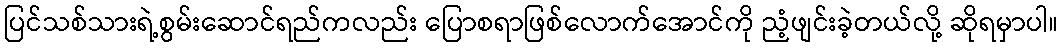
ပြင်သစ်သားရဲ့စွမ်းဆောင်ရည်ကလည်း ပြောစရာဖြစ်လောက်အောင်ကို ညံ့ဖျင်းခဲ့တယ်လို့ ဆိုရမှာပါ။